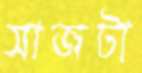
সাজটা